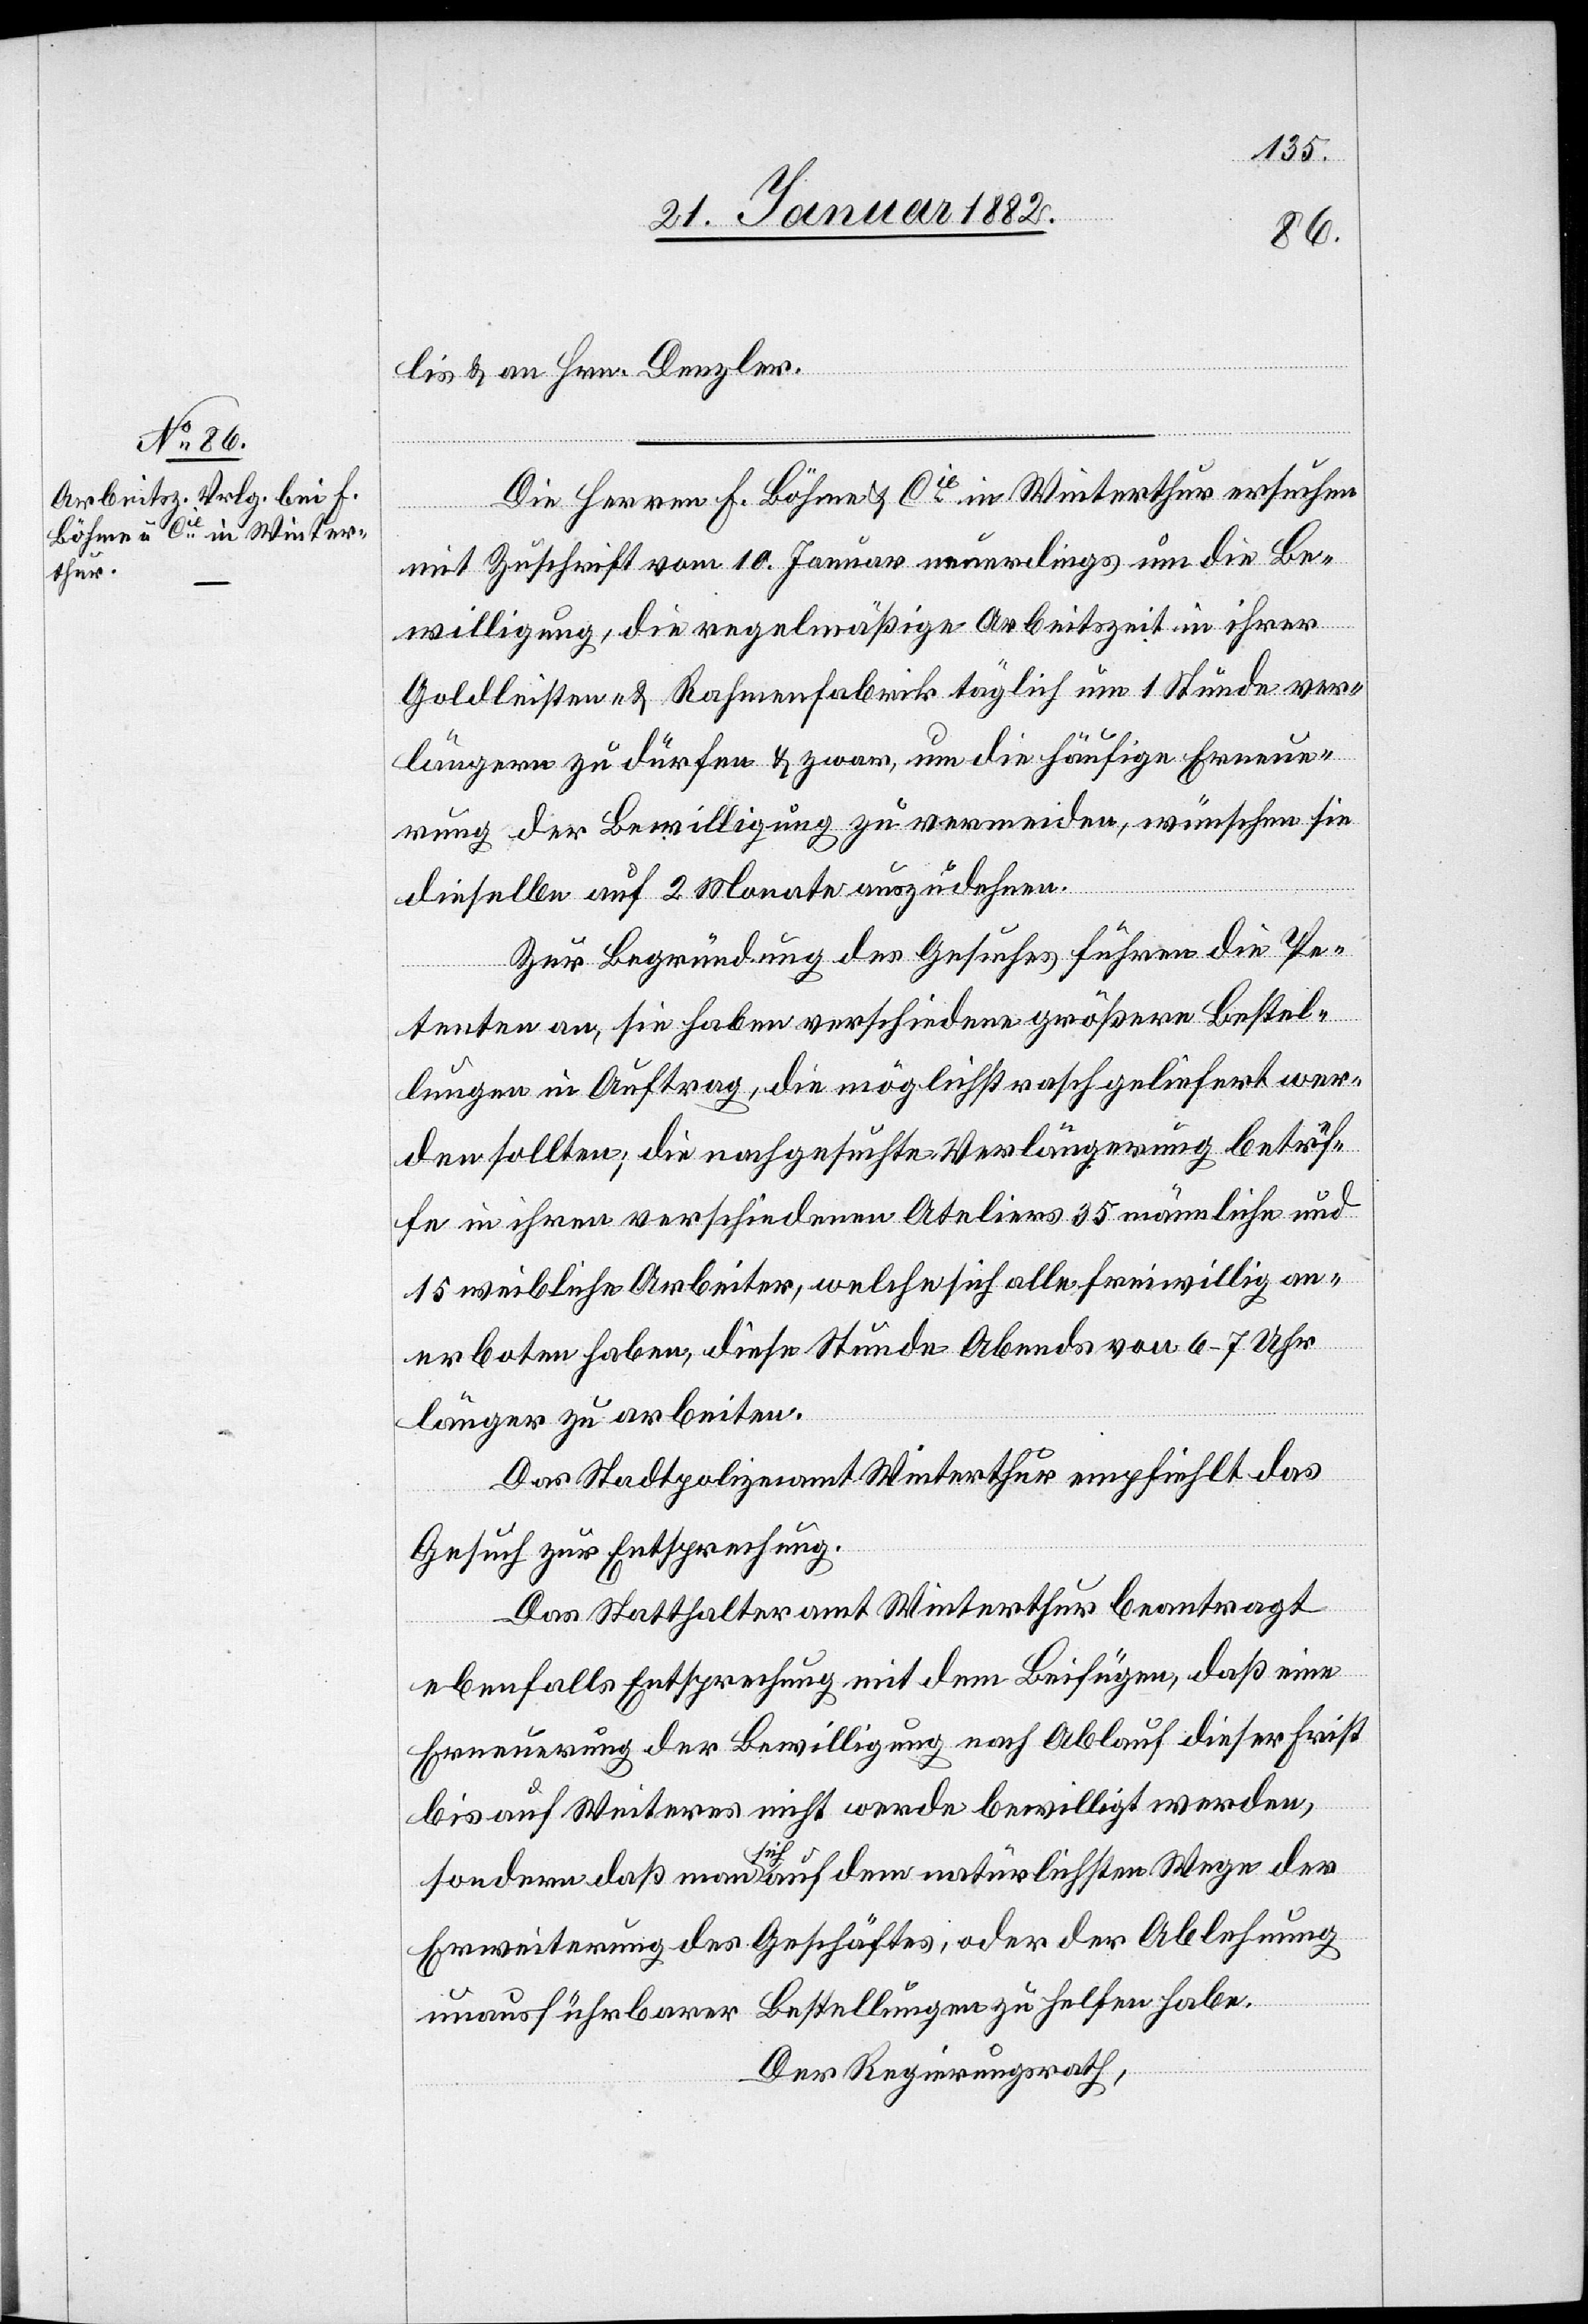
lis & an Hrn. Denzler.
Die Herren F. Böhme & Cie in Winterthur ersuchen
mit Zuschrift vom 10. Januar neuerdings um die Be¬
willigung, die regelmäßige Arbeitszeit in ihrer
Goldleisten- & Rahmenfabrik täglich um 1 Stunde ver¬
längern zu dürfen & zwar, um die häufige Erneue¬
rung der Bewilligung zu vermeiden, wünschen sie
dieselben auf 2 Monate auszudehnen.
Zur Begründung des Gesuches führen die Pe¬
tenten an, sie haben verschiedene größere Bestel¬
lungen in Auftrag, die möglichst rasch geliefert wer¬
den sollten; die nachgesuchte Verlängerung betref¬
fe in ihren verschiedenen Ateliers 35 männliche und
15 weibliche Arbeiter, welche sich alle freiwillig an¬
erboten haben, diese Stunde Abends von 6–7 Uhr
länger zu arbeiten.
Das Stadtpolizeiamt Winterthur empfiehlt das
Gesuch zur Entsprechung.
Das Statthalteramt Winterthur beantragt
ebenfalls Entsprechung mit dem Beifügen, daß eine
Erneuerung der Bewilligung nach Ablauf dieser Frist
bis auf Weiteres nicht werde bewilligt werden,
sondern daß man sich auf dem natürlichsten Wege der
Erweiterung des Geschäftes, oder der Ablehnung
unausführbarer Bestellungen zu helfen habe.
Der Regierungsrath,